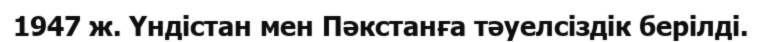
1947 ж. Үндістан мен Пәкстанға тәуелсіздік берілді.